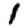
Digit: 1